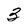
Character: 3